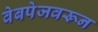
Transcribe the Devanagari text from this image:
वेबपेजवरून